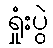
ရှုံးပွဲ